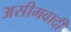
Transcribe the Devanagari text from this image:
असीमवादी